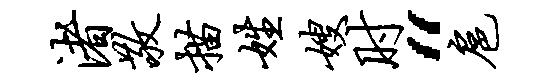
渚敬描姓嫂肘“扈